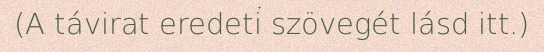
(A távirat eredeti szövegét lásd itt.)